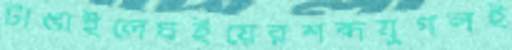
টাঙাইলেঘইয়েরশব্দযুগলই